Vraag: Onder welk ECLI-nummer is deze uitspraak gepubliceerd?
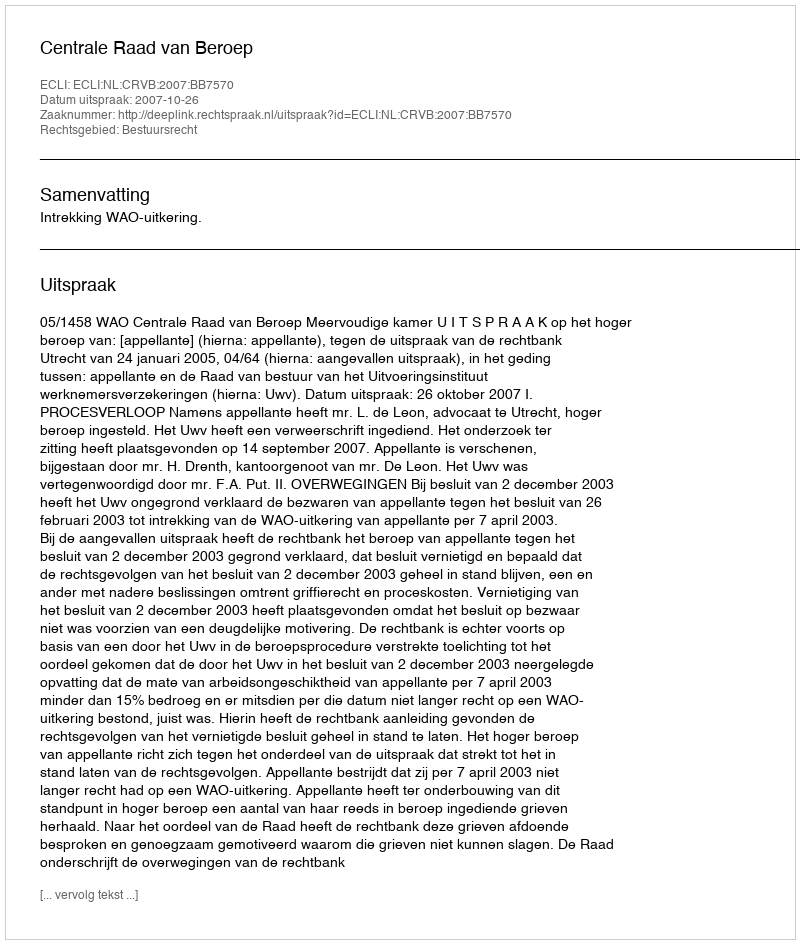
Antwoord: ECLI:NL:CRVB:2007:BB7570